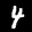
Label: 4